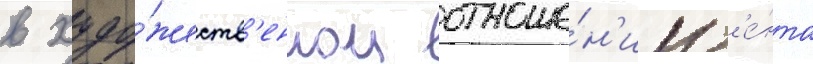
в худо́жеств'енном отноше́н'ии л'е́нта